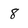
Character: 8